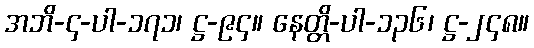
အဘိ-၄-ပါ-၁၇၁၊ ဋ္ဌ-၉၄။ နေတ္တိ-ပါ-၁၃၆၊ ဋ္ဌ-၂၄၈။